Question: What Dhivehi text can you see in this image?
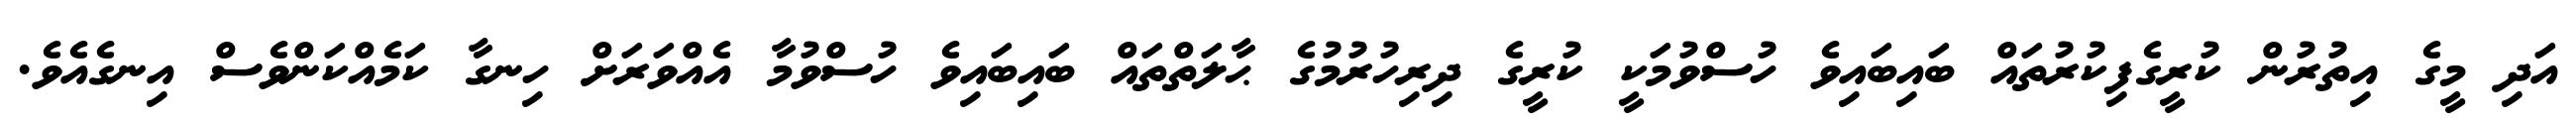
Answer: އަދި މީގެ އިތުރުން ކުރީގެފިކުރުތައް ބައިބައިވެ ހުސްވުމަކީ ކުރީގެ ދިރިހުރުމުގެ ޙާލަތްތައް ބައިބައިވެ ހުސްވުމާ އެއްވަރަށް ހިނގާ ކަމެއްކަންވެސް އިނގެއެވެ.